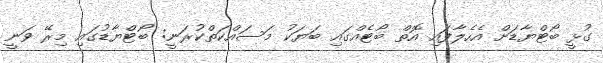
ގުޅީ ބޯޓްޔާޑަށް އެހެލާފައި އޮތް ބޯޓެއްގައި ބަޔަކު މަސައްކަތްކުރަނީ: ބޯޓްޔާޑުގައި މިރޭ ވަނީ